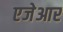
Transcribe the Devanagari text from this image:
एजेआर